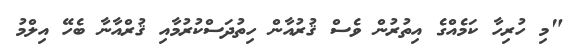
"މި ހުރިހާ ކަމެއްގެ އިތުރުން ވެސް ޤުރުއާން ހިތުދަސްކުރުމާއި ޤުރްއާނާ ބެހޭ އިލްމު